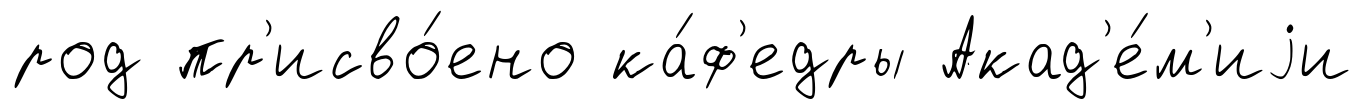
род пр'исво́ено ка́ф'едры Акад'е́м'иjи